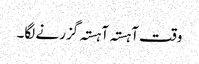
وقت آہستہ آہستہ گزرنے لگا۔